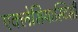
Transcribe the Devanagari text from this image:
एक्लेसियास्टिसी